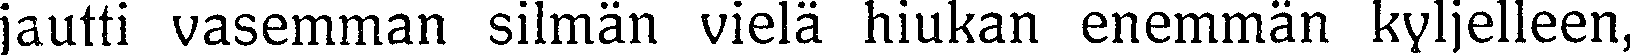
jautti vasemman silmän vielä hiukan enemmän kyljelleen,